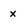
Character: x